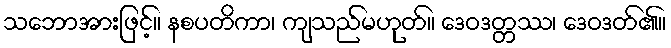
သဘောအားဖြင့်။ နစပတိကာ၊ ကျသည်မဟုတ်။ ဒေဝဒတ္တဿ၊ ဒေဝဒတ်၏။